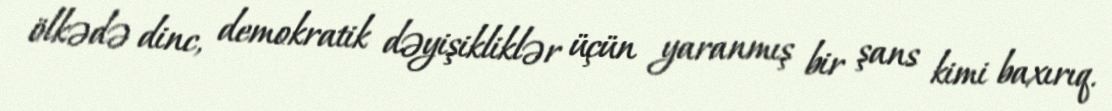
ölkədə dinc, demokratik dəyişikliklər üçün yaranmış bir şans kimi baxırıq.